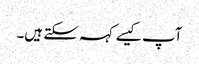
آپ کیسے کہہ سکتے ہیں۔